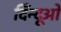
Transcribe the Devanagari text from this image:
दिँन्दूओ